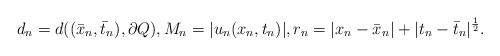
LaTeX: \begin{align*}d_n = d((\bar x_n , \bar t_n), \partial Q ), M_n = |u_n(x_n, t_n)|, r_n = |x_n-\bar x_n| + |t_n-\bar t_n|^{\frac 12}.\end{align*}